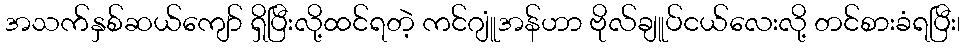
အသက်နှစ်ဆယ်ကျော် ရှိပြီးလို့ထင်ရတဲ့ ကင်ဂျူံအန်ဟာ ဗိုလ်ချူပ်ငယ်လေးလို့ တင်စားခံရပြီး၊